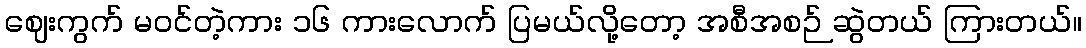
ဈေးကွက် မဝင်တဲ့ကား ၁၆ ကားလောက် ပြမယ်လို့တော့ အစီအစဉ် ဆွဲတယ် ကြားတယ်။